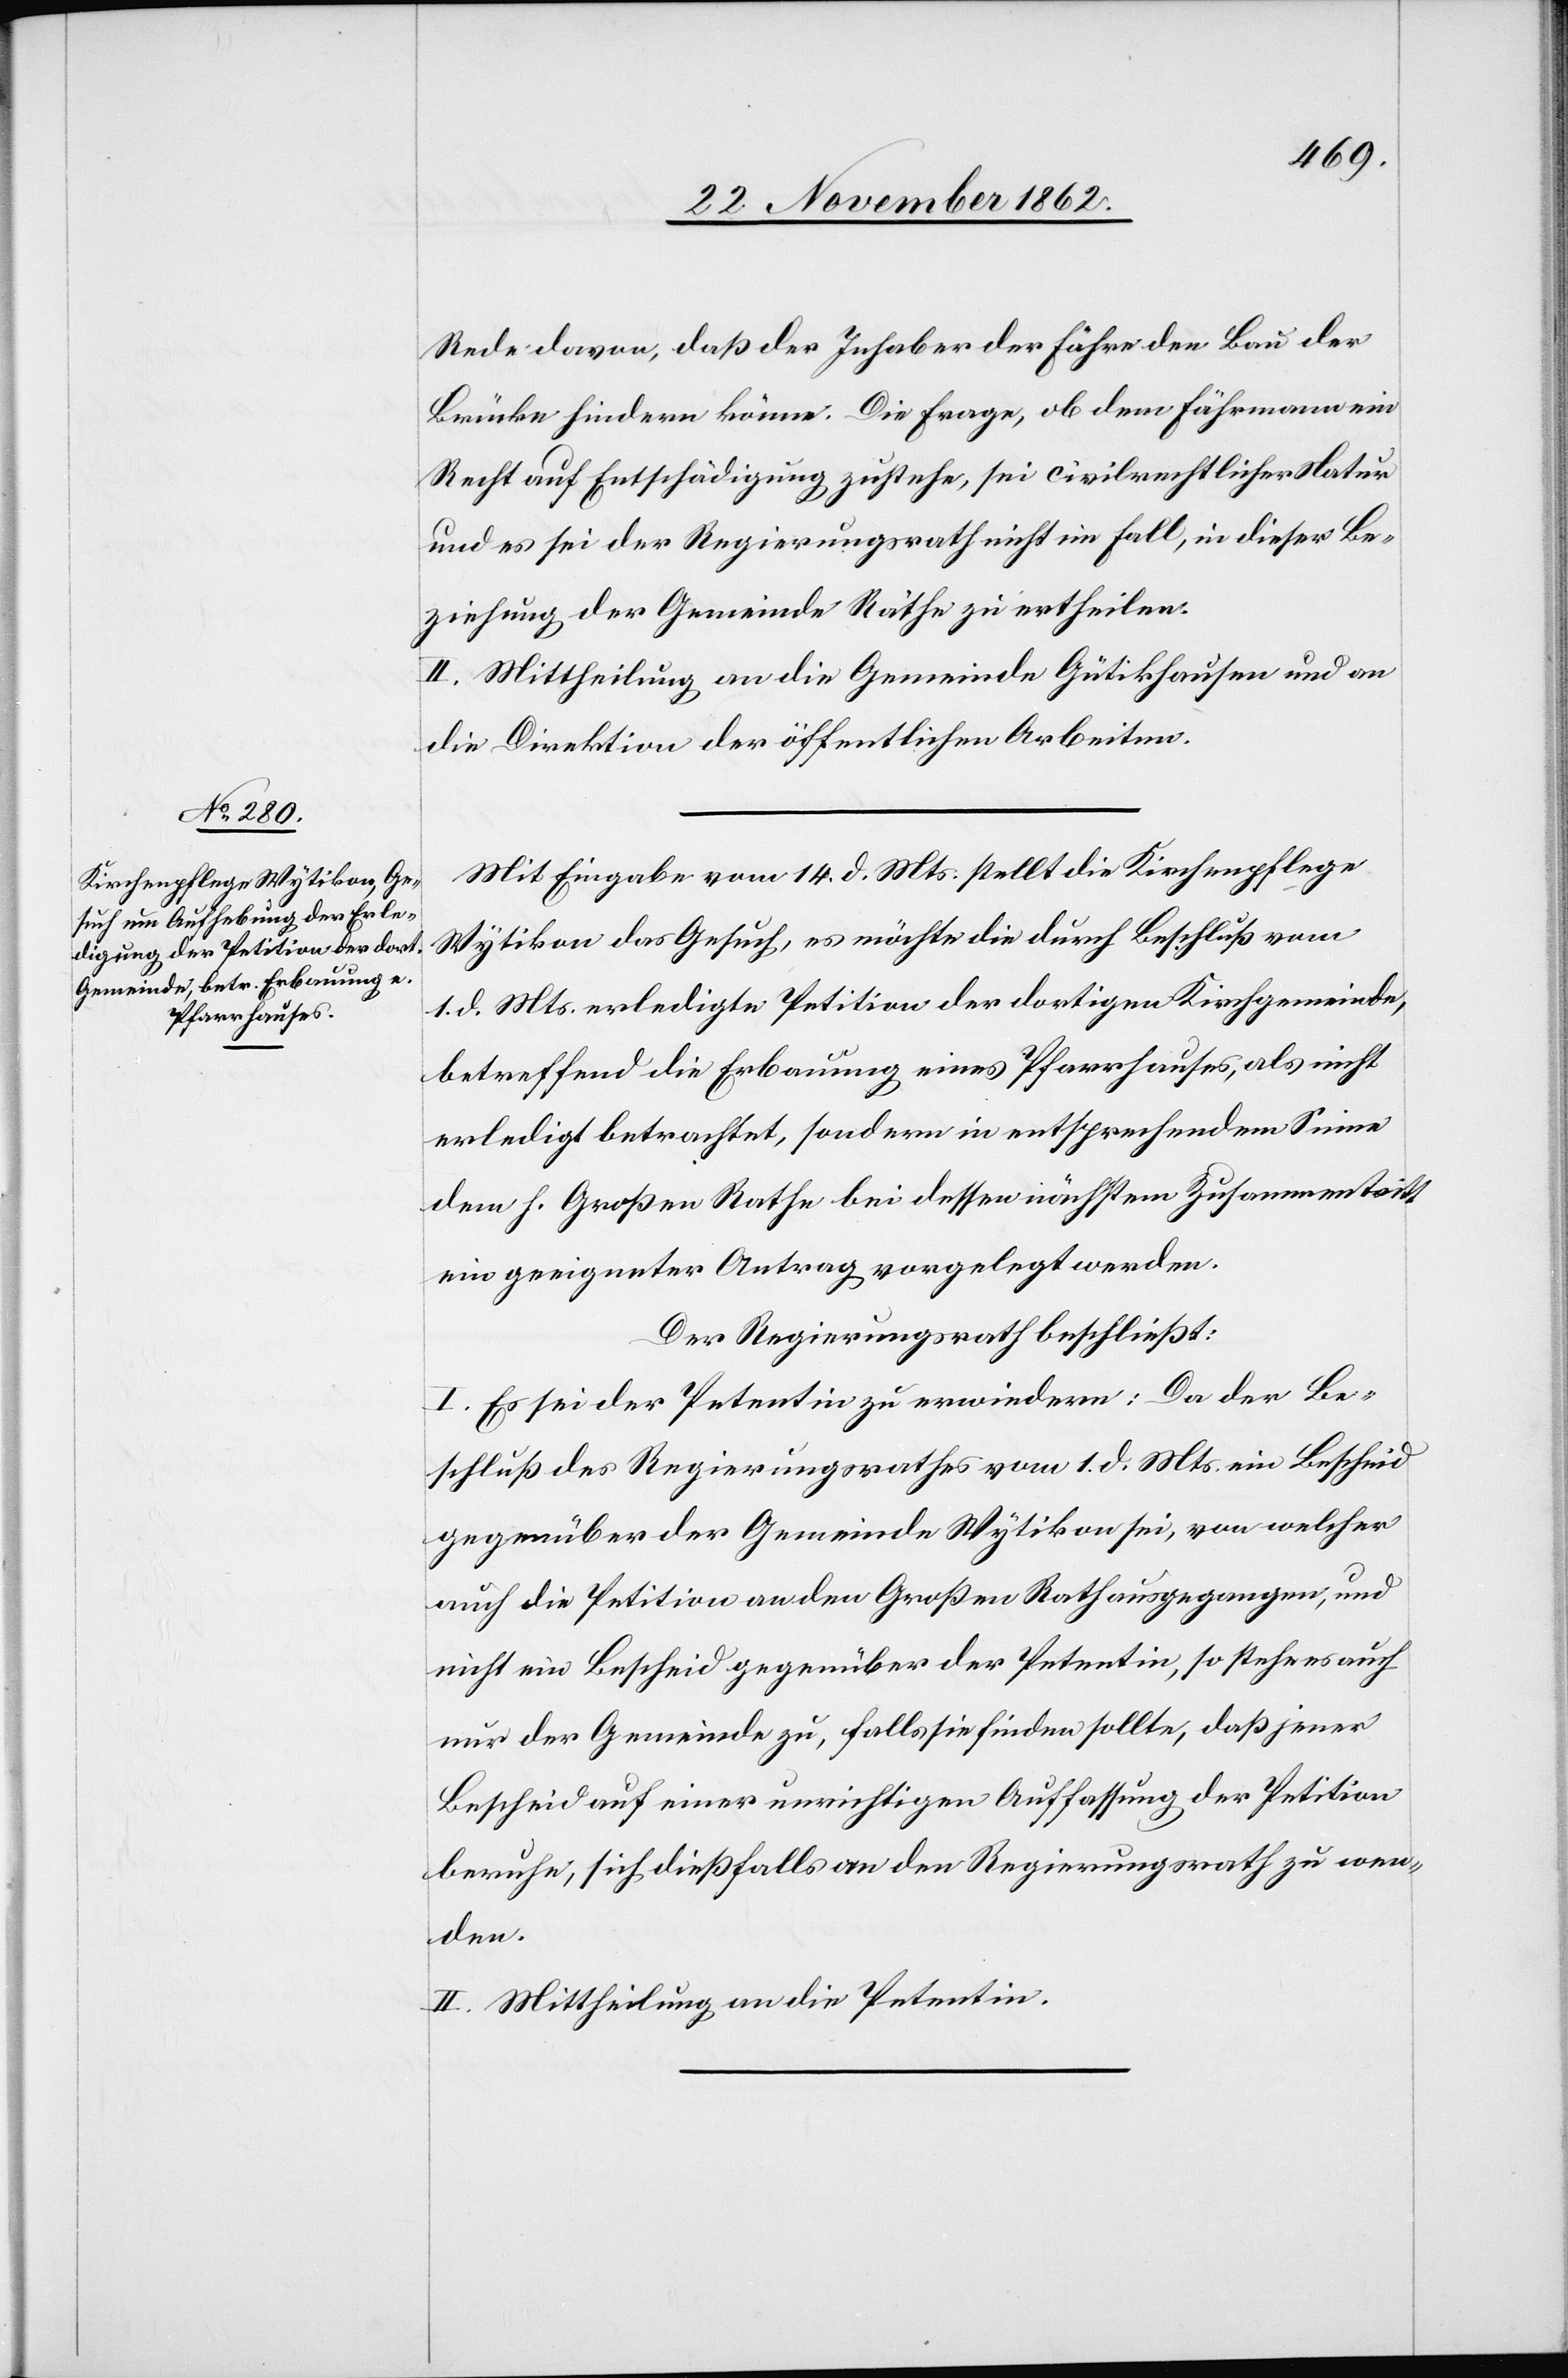
Rede davon, daß der Inhaber der Fähre den Bau der
Brücke hindern könne. Die Frage, ob dem Fährenmann ein
Recht auf Entschädigung zustehe, sei civilrechtlicher Natur
und es sei der Regierungsrath nicht im Fall, in dieser Be¬
ziehung der Gemeinde Räthe zu ertheilen.
II. Mittheilung an die Gemeinde Gütikhausen und an
die Direktion der öffentlichen Arbeiten.
Mit Eingabe vom 14. d. Mts. stellt die Kirchenpflege
Wytikon das Gesuch, es möchte die durch Beschluß vom
1. d. Mts. erledigte Petition der dortigen Kirchgemeinde,
betreffend die Erbauung eines Pfarrhauses, als nicht
erledigt betrachtet, sondern in entsprechendem Sinne
dem h. Großen Rathe bei dessen nächsten Zusammentritt
ein geeigneter Antrag vorgelegt werden.
Der Regierungsrath beschließt:
I. Es sei der Petentin zu erwiedern: Da der Be¬
schluß des Regierungsrathes vom 1. d. Mts. ein Bescheid
gegenüber der Gemeinde Wytikon sei, von welcher
auch die Petition an dem Großen Rath ausgegangen, und
nicht ein Bescheid gegenüber der Petentin, so stehe es auch
nur der Gemeinde zu, falls sie finden sollte, daß jener
Bescheid auf einer unrichtigen Auffassung der Petition
beruhe, sich dießfalls an den Regierungsrath zu wen¬
den.
II. Mittheilung an die Petentin.